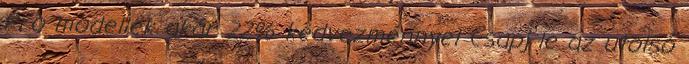
Pro modellek akár 22% kedvezménnyel Csapj le az utolsó